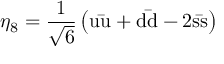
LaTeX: \eta _ { 8 } = { \frac { 1 } { \sqrt { 6 } } } \left( \mathrm { u { \bar { u } } + d { \bar { d } } - 2 s { \bar { s } } } \right)